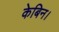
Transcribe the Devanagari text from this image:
केबिन।